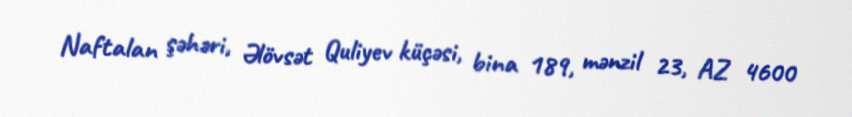
Naftalan şəhəri, Əlövsət Quliyev küçəsi, bina 189, mənzil 23, AZ 4600